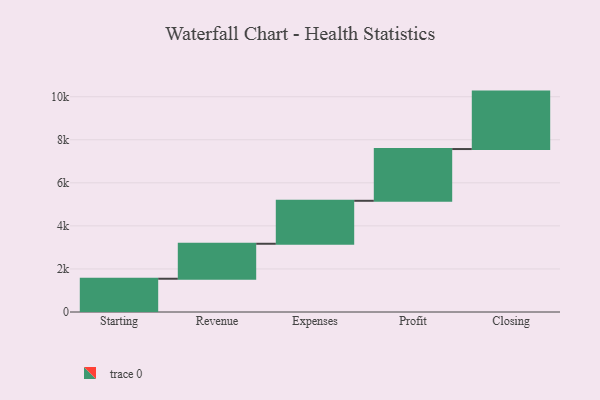
{"axis": {"x": "Step", "y": "Value"}, "legend": [""], "data": [{"x": "Starting", "y": 1545.0, "type": ""}, {"x": "Revenue", "y": 1625.0, "type": ""}, {"x": "Expenses", "y": 1996.0, "type": ""}, {"x": "Profit", "y": 2404.0, "type": ""}, {"x": "Closing", "y": 2668.0, "type": ""}]}